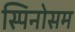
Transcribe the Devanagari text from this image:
स्पिनोसम